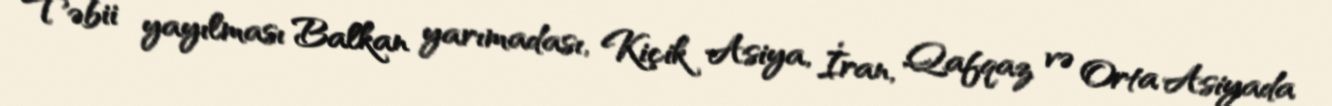
Təbii yayılması Balkan yarımadası, Kiçik Asiya, İran, Qafqaz və Orta Asiyada